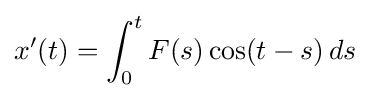
x'(t)=\int _{0}^{t}F(s)\cos(t-s)\,ds